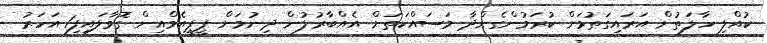
ކުއްލި ހާލަތުން އަރައިގަތުމަށް ކުރަމުންގެންދާ މަސައްކަތަށް އެއްބާރުލުން ދިނުމަށް ޕީޕީއެމްއިން ގޮވާލައިފި1 އަހަރު